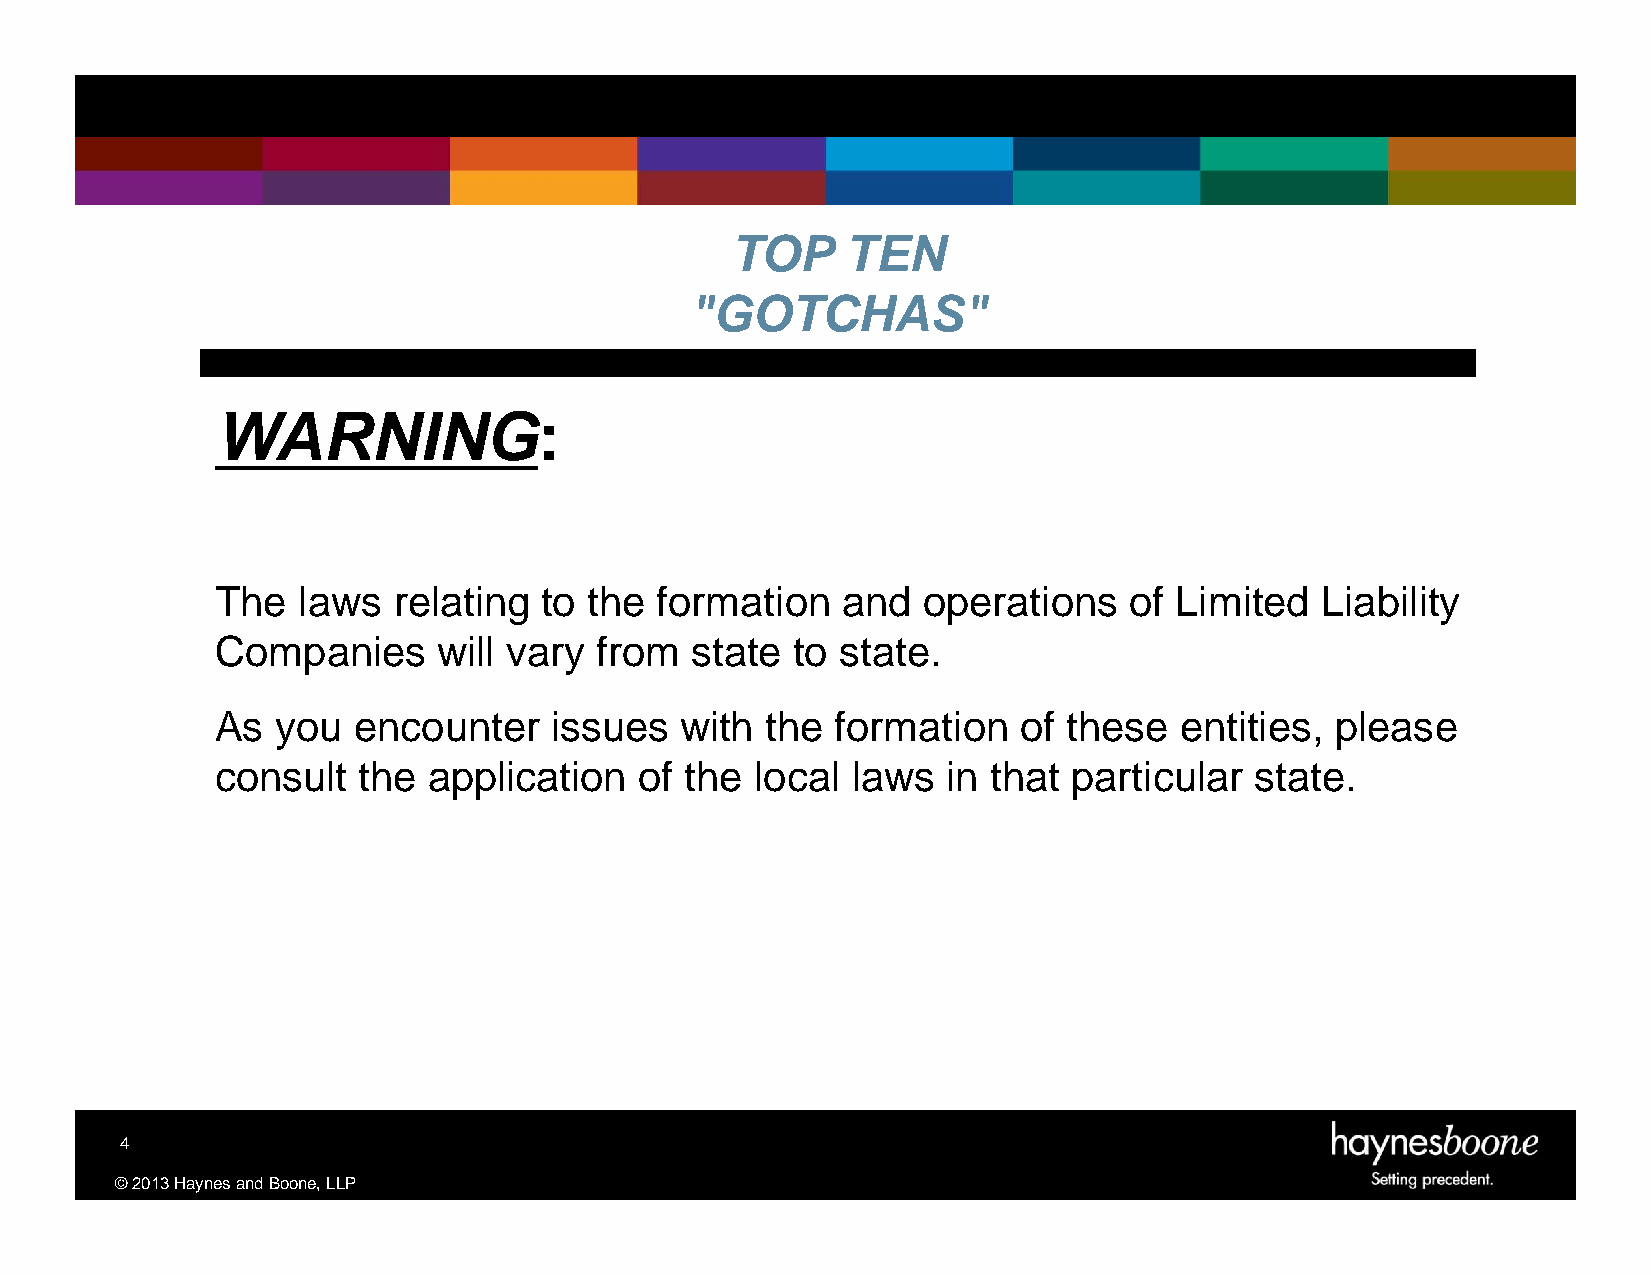
TOP     TEN
 "GOTCHAS"
 WARNING:
 The   laws  relating  to the formation    and  operations    of Limited  Liability
 Companies      will vary  from  state  to state.
 As  you  encounter    issues   with  the formation    of these  entities, please
 consult   the application   of the  local laws   in that particular  state.
 4
 ©2013HaynesandBoone,LLP